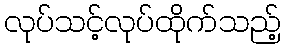
လုပ်သင့်လုပ်ထိုက်သည့်